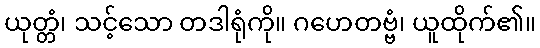
ယုတ္တံ၊ သင့်သော တဒါရုံကို။ ဂဟေတဗ္ဗံ၊ ယူထိုက်၏။